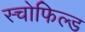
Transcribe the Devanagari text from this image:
स्चोफिल्ड